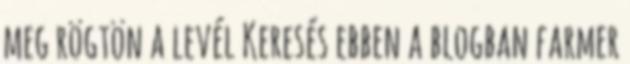
meg rögtön a levél Keresés ebben a blogban farmer